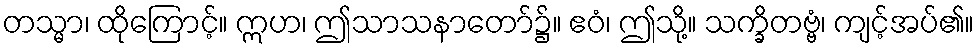
တသ္မာ၊ ထိုကြောင့်။ ဣဟ၊ ဤသာသနာတော်၌။ ဧဝံ၊ ဤသို့။ သက္ခိတဗ္ဗံ၊ ကျင့်အပ်၏။